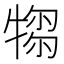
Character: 𤛃